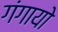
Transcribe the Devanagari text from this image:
गंगायो